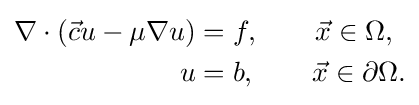
{\begin{aligned}\nabla \cdot \left({\vec {c}}u-\mu \nabla u\right)&=f,\qquad {\vec {x}}\in \Omega ,\\u&=b,\qquad {\vec {x}}\in \partial \Omega .\end{aligned}}